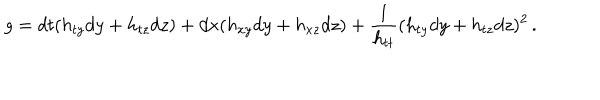
g = d t ( h _ { t y } d y + h _ { t z } d z ) + d x ( h _ { x y } d y + h _ { x z } d z ) + { \frac { 1 } { h _ { t t } } } ( h _ { t y } d y + h _ { t z } d z ) ^ { 2 } \, .